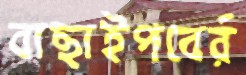
বাছাইপবের্র